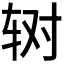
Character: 𰺃